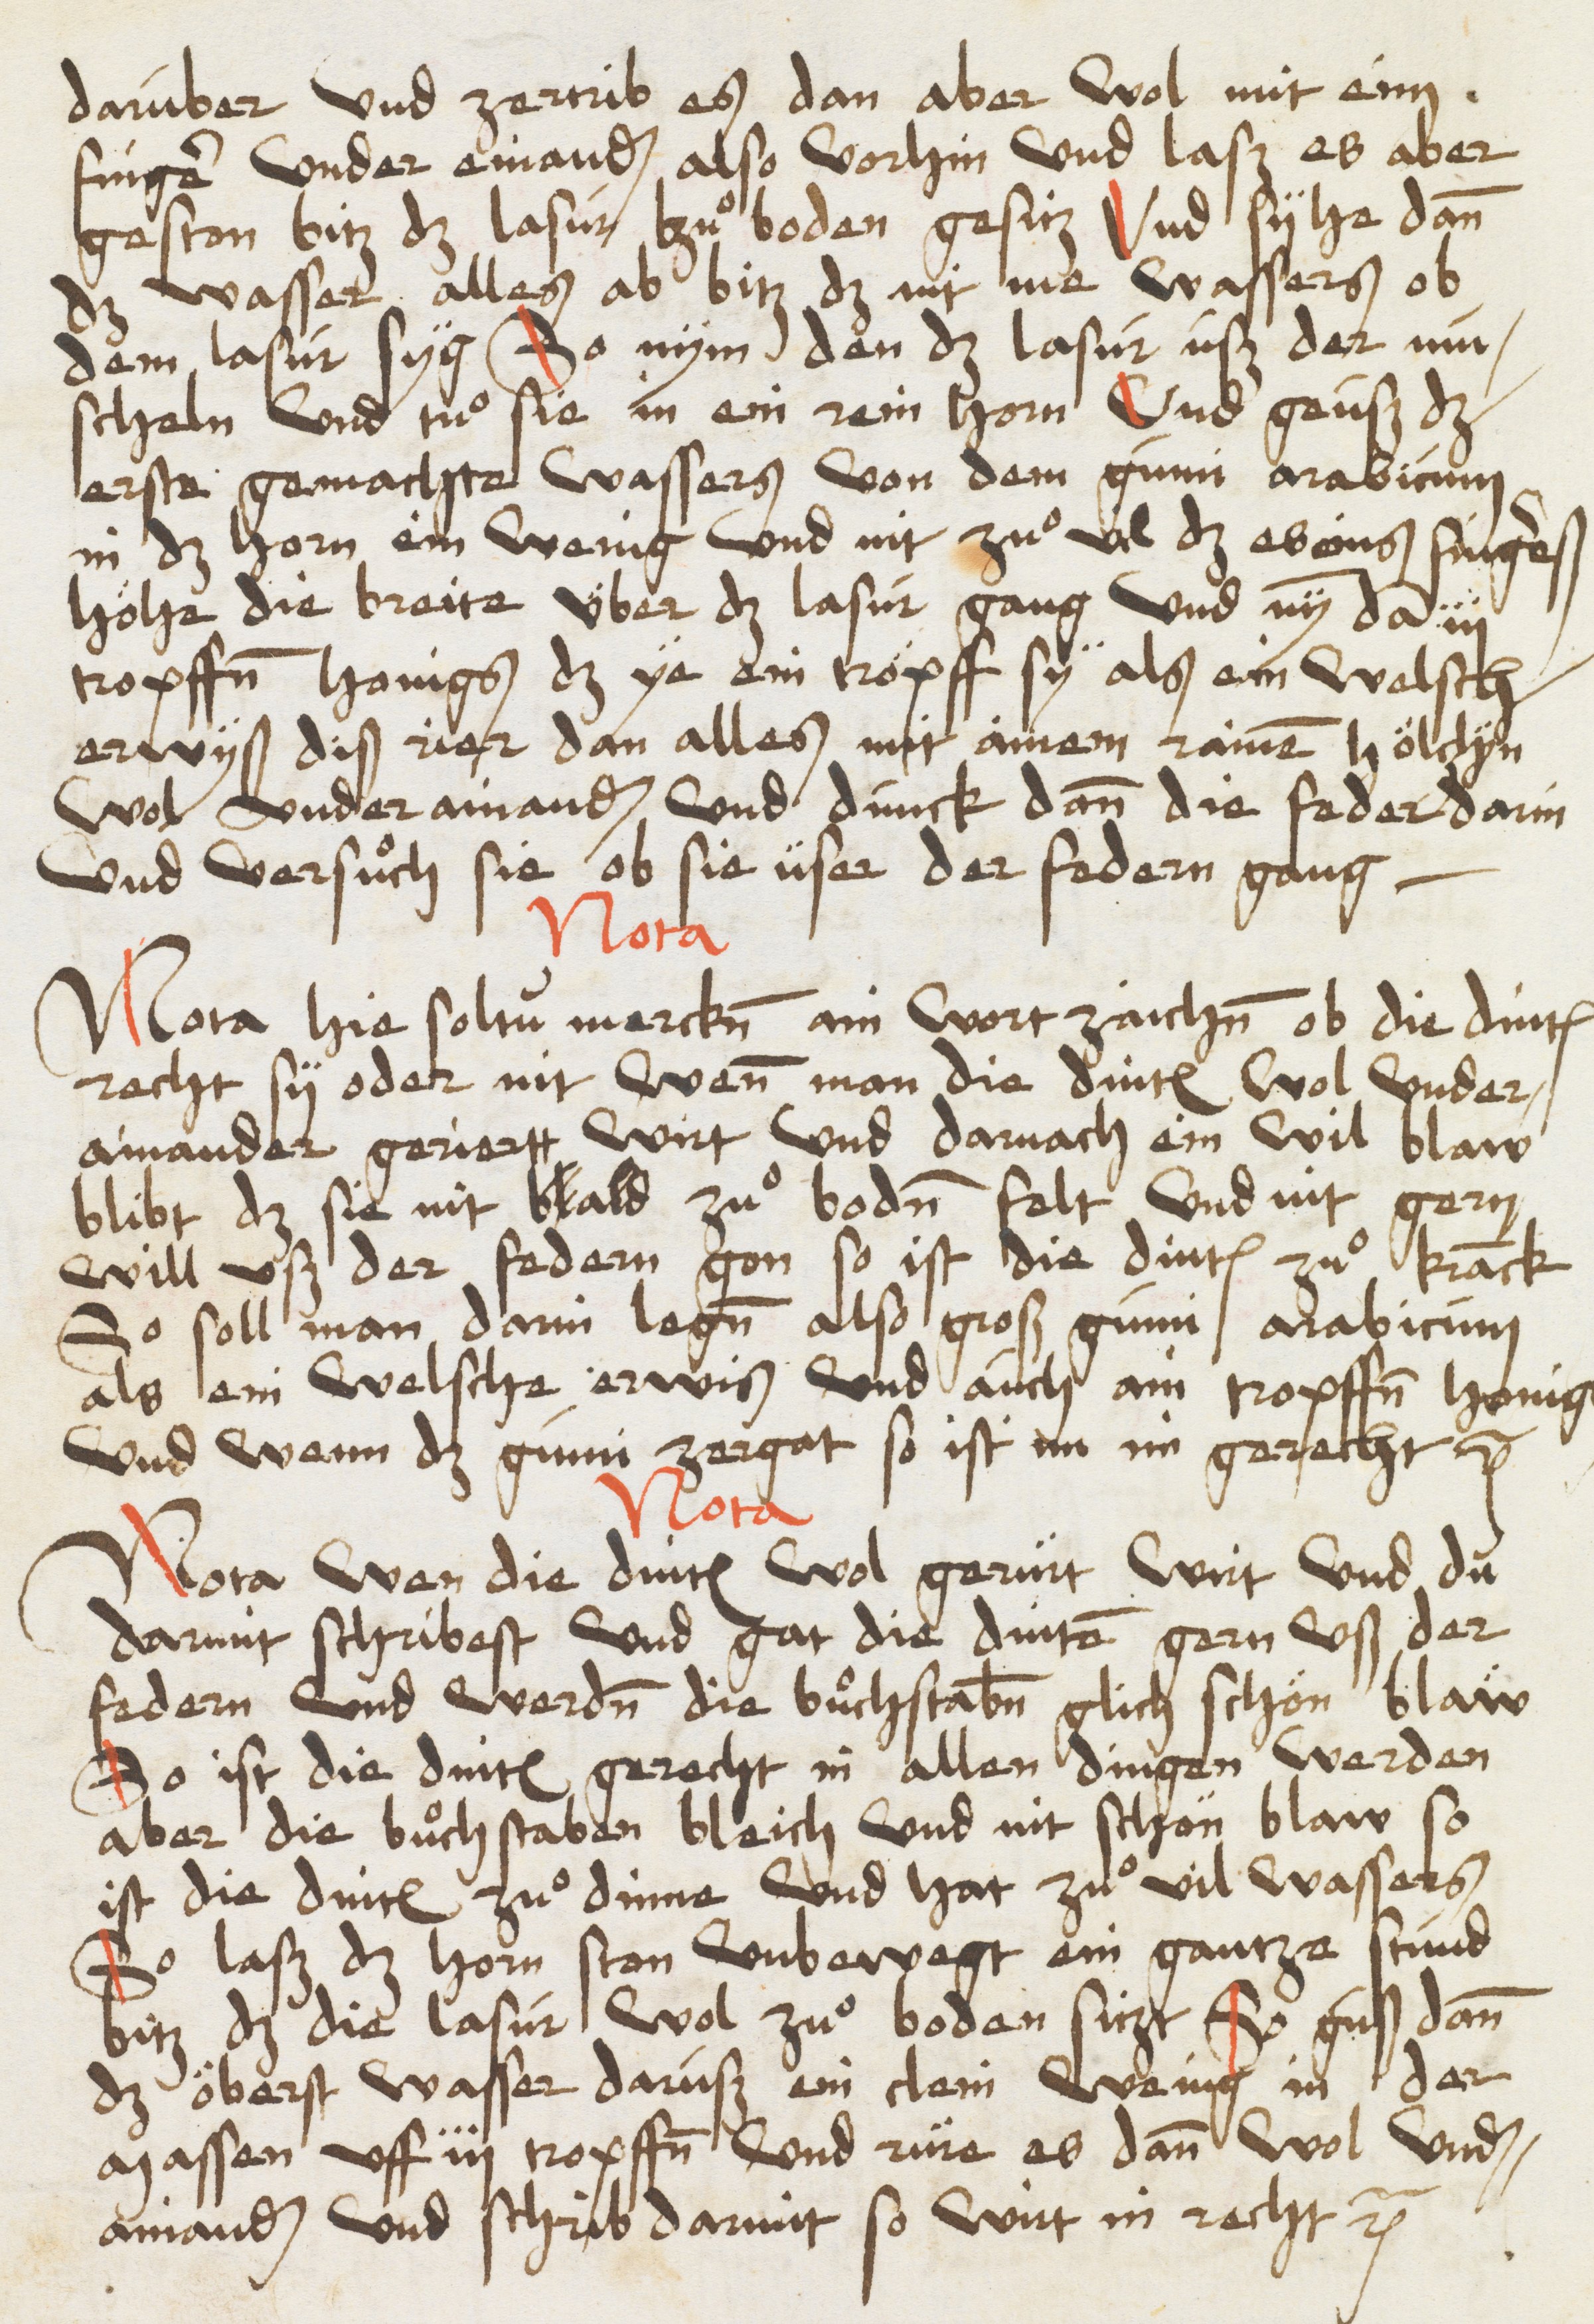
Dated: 1485–1515